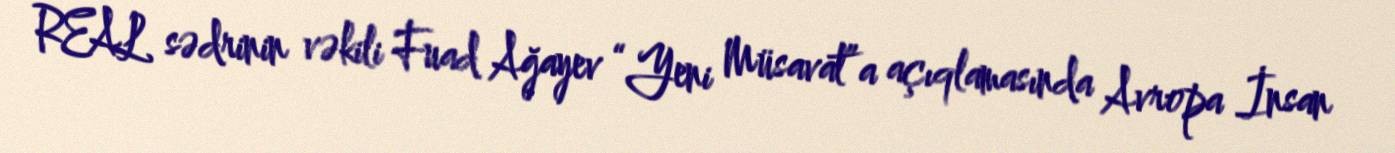
REAL sədrinin vəkili Fuad Ağayev “Yeni Müsavat”a açıqlamasında Avropa İnsan